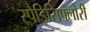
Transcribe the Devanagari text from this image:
स्पैडिसिफ्लोरी